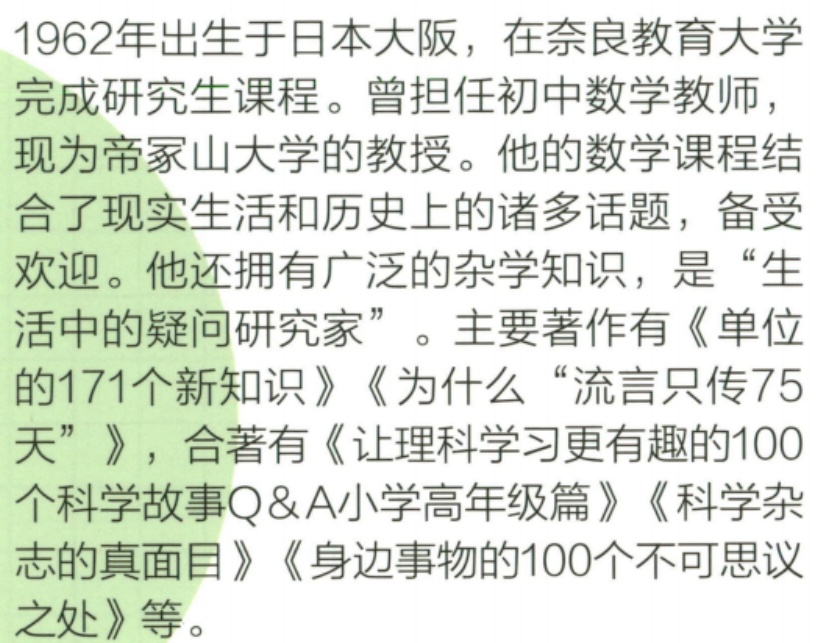
1962年出生于日本大阪，在奈良教育大学
完成研究生课程。曾担任初中数学教师，
现为帝冢山大学的教授。他的数学课程结
合了现实生活和历史上的诸多话题，备受
欢迎。他还拥有广泛的杂学知识，是“生
活中的疑问研究家”。主要著作有《单位
的171个新知识》《为什么“流言只传75
天”》，合著有《让理科学习更有趣的100
个科学故事Q&A小学高年级篇》《科学杂
志的真面目》《身边事物的100个不可思议
之处》等。